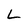
Character: L